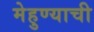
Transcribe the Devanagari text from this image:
मेहुण्याची